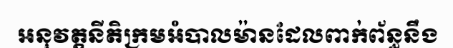
អនុវត្តនីតិក្រមអំបាលម៉ានដែលពាក់ព័ន្ធនឹង